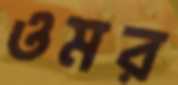
ওমর